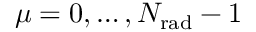
\mu = 0 , \ldots , N _ { \mathrm { r a d } } - 1